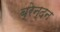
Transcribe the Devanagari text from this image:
ब्रेन्दन